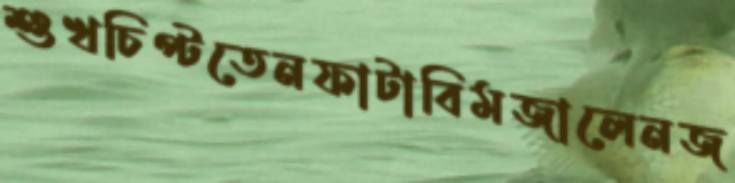
শুখচিপ্‌টতেনফাটাবিমজালেনজ